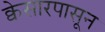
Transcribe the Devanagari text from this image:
क्वेसारपासून